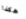
هكذا